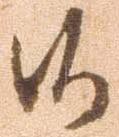
候